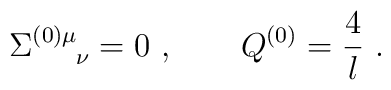
\Sigma^{(0)\mu}_{\quad \  \nu} =0 \ , \qquad  Q^{(0)} = {4\over l} \ .